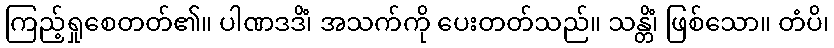
ကြည့်ရှုစေတတ်၏။ ပါဏဒဒိံ၊ အသက်ကို ပေးတတ်သည်။ သန္တိံ၊ ဖြစ်သော။ တံပိ၊